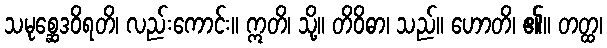
သမုစ္ဆေဒဝိရတိ၊ လည်းကောင်း။ ဣတိ၊ သို့။ တိဝိဓာ၊ သည်။ ဟောတိ၊ ၏။ တတ္ထ၊